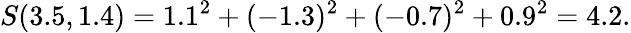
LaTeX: S(3.5,1.4)=1.1^{2}+(-1.3)^{2}+(-0.7)^{2}+0.9^{2}=4.2.